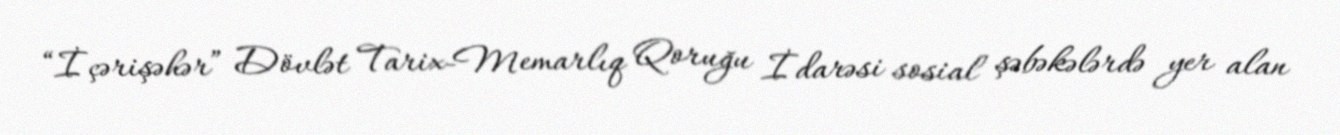
“İçərişəhər” Dövlət Tarix-Memarlıq Qoruğu İdarəsi sosial şəbəkələrdə yer alan